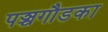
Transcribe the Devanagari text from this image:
पञ्चगौडका